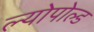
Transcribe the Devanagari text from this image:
ल्योपोल्ड